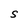
Character: S